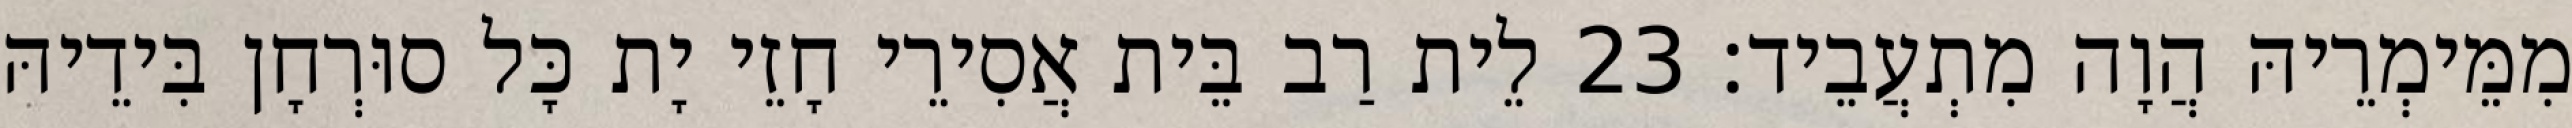
מִמֵּימְרֵיהּ הֲוָה מִתְעֲבֵיד׃ 23 לֵית רַב בֵּית אֲסִירֵי חָזֵי יָת כָּל סוּרְחָן בִּידֵיהּ